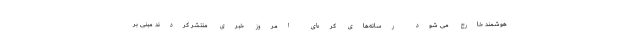
هوشمند خارج می شود رسانه‌های کره‌ای امروز خبری منتشر کردند مبنی بر